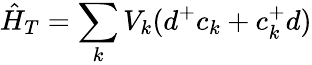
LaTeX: \hat{H}_{T}=\sum_{k}V_{k}(d^{+}c_{k}+c_{k}^{+}d)